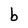
Character: b